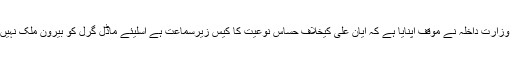
درخواست میں وزارت داخلہ نے موقف اپنایا ہے کہ ایان علی کیخلاف حساس نوعیت کا کیس زیرسماعت ہے اسلیئے ماڈل گرل کو بیرون ملک نہیں جانے دینگے۔